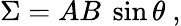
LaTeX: \Sigma=AB\ \sin\theta\ ,